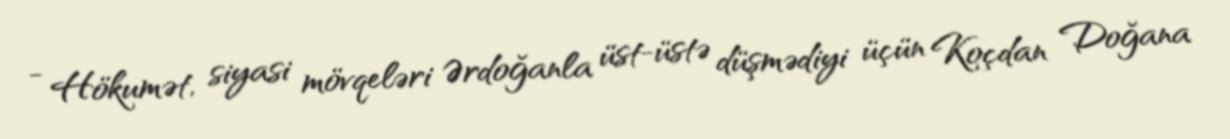
- Hökumət, siyasi mövqeləri Ərdoğanla üst-üstə düşmədiyi üçün Koçdan Doğana